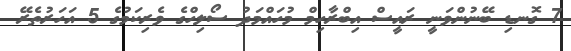
7 ގޮނޑި ބޭނުންވަނީ ރައީސް އިބްރާހިމް މުހައްމަދު ސޯލިހްގެ ވެރިކަމުގެ 5 އަހަރުތެރޭ